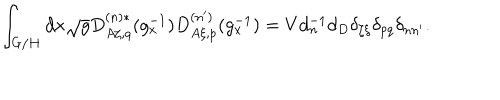
LaTeX: \int _ { G / H } d x \sqrt g D _ { A \zeta , q } ^ { ( n ) * } ( g _ { x } ^ { - 1 } ) D _ { A \xi , p } ^ { ( n ^ { \prime } ) } ( g _ { x } ^ { - 1 } ) = V d _ { n } ^ { - 1 } d _ { D } \delta _ { \zeta \xi } \delta _ { p q } \delta _ { n n ^ { \prime } } .